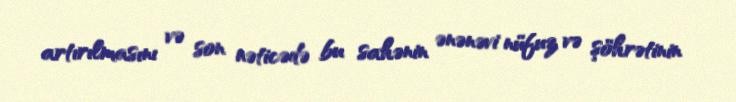
artırılmasını və son nəticədə bu sahənin ənənəvi nüfuz və şöhrətinin